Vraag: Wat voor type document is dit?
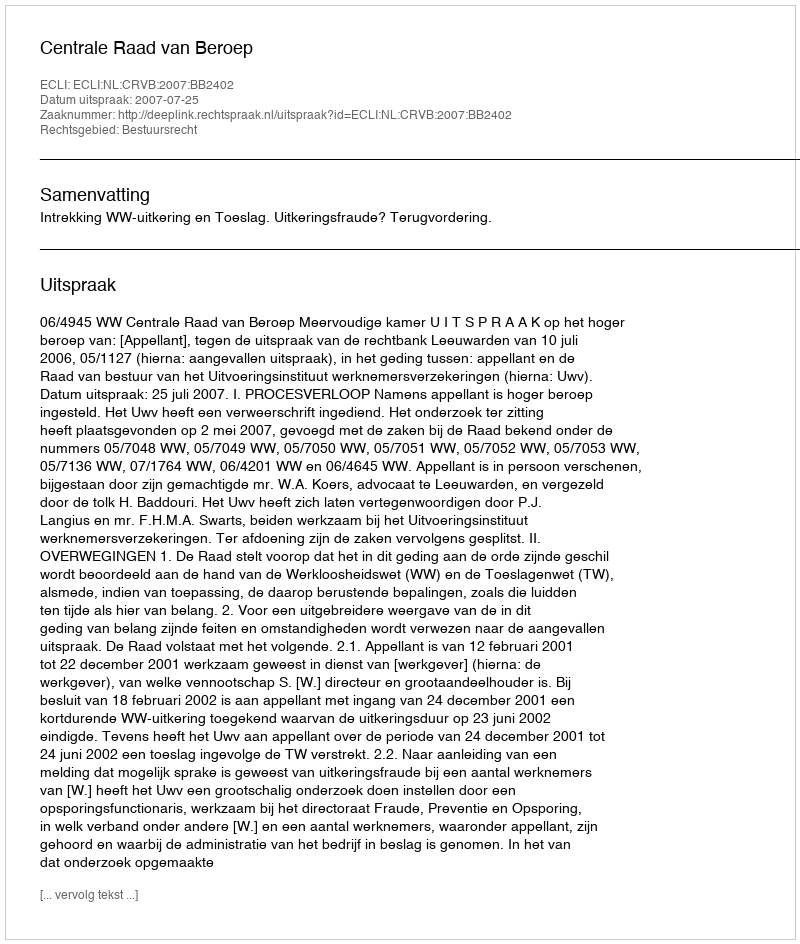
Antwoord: Uitspraak